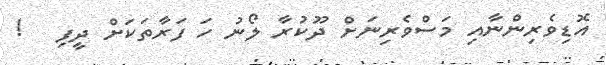
އޮޑިވެރިންނާއި މަސްވެރިނަށް ދޫކުރާ ލޯނު ހަ ފަރާތަކަށް ދީފި   !